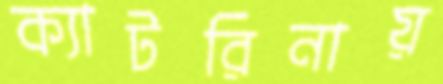
ক্যাটরিনায়